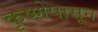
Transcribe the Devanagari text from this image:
कृष्णेपासून